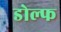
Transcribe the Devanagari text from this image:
डोल्फ